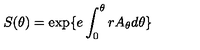
S ( \theta ) = \exp \{ e \int _ { 0 } ^ { \theta } r A _ { \theta } d \theta \}